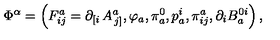
\Phi ^ { \alpha } = \left( F _ { i j } ^ { a } = \partial _ { \left[ i \right. } A _ { \left. j \right] } ^ { a } , \varphi _ { a } , \pi _ { a } ^ { 0 } , p _ { a } ^ { i } , \pi _ { i j } ^ { a } , \partial _ { i } B _ { a } ^ { 0 i } \right) ,